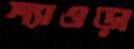
শ্যাওড়া